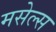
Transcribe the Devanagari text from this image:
मसेल्स